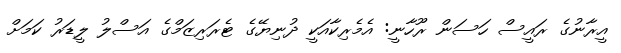
އީރާނުގެ ރައީސް ހަސަން ރޫހާނީ: އެމެރިކާއަކީ ދުނިޔޭގެ ޓެރަރިޒަމްގެ އަސްލު ލީޑަރު ކަމަށް